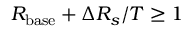
R _ { \mathrm { b a s e } } + \Delta R _ { s } / T \geq 1